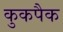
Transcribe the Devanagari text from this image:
कुकपैक